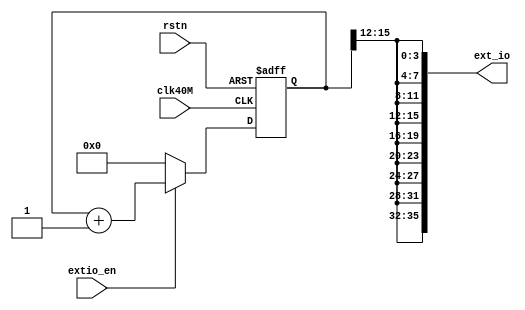
//====================================================================================

  //  Data             :     2013-03-10
  //  Rev              :     1.0
  //  HomePage         :     hevc265.taobao.com       
   
//====================================================================================

 //-- extio_en=1 32IO
 
 

//====================================================================================
  

`timescale 1ns / 1ps


module EXT_IO(   
              rstn,
	      clk40M,
	      extio_en,
              
	      ext_io
	      );
	


input	clk40M;
input	rstn;
input   extio_en;

output [35:0]ext_io;


wire [35:0]ext_io;


//===========================================================================



reg [15:0]ncnt;

always @(posedge clk40M or negedge rstn)
begin
    if (!rstn)
       begin
            ncnt <= 16'd0;
       end
    else
       begin 
            if(extio_en==1'b1)
               begin
                    ncnt <= ncnt + 1'b1;     
               end
            else
               begin
                    ncnt <= 16'd0;
               end                
       end
end

assign ext_io[35] = ncnt[15];	
assign ext_io[34] = ncnt[14];
assign ext_io[33] = ncnt[13];
assign ext_io[32] = ncnt[12];	

assign ext_io[31] = ncnt[15];	
assign ext_io[30] = ncnt[14];
assign ext_io[29] = ncnt[13];
assign ext_io[28] = ncnt[12];

assign ext_io[27] = ncnt[15];	
assign ext_io[26] = ncnt[14];
assign ext_io[25] = ncnt[13];
assign ext_io[24] = ncnt[12];


assign ext_io[23] = ncnt[15];	
assign ext_io[22] = ncnt[14];
assign ext_io[21] = ncnt[13];
assign ext_io[20] = ncnt[12];

assign ext_io[19] = ncnt[15];	
assign ext_io[18] = ncnt[14];
assign ext_io[17] = ncnt[13];
assign ext_io[16] = ncnt[12];

assign ext_io[15] = ncnt[15];	
assign ext_io[14] = ncnt[14];
assign ext_io[13] = ncnt[13];
assign ext_io[12] = ncnt[12];

assign ext_io[11] = ncnt[15];	
assign ext_io[10] = ncnt[14];
assign ext_io[9] = ncnt[13];
assign ext_io[8] = ncnt[12];

assign ext_io[7] = ncnt[15];	
assign ext_io[6] = ncnt[14];
assign ext_io[5] = ncnt[13];
assign ext_io[4] = ncnt[12];

assign ext_io[3] = ncnt[15];	
assign ext_io[2] = ncnt[14];
assign ext_io[1] = ncnt[13];
assign ext_io[0] = ncnt[12];
//===========================================================================



endmodule